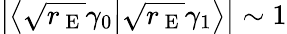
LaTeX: \left|\left\langle\sqrt{r_{\mathrm{~E~}}}\gamma_{0}\big|\sqrt{r_{\mathrm{~E~}}}\gamma_{1}\right\rangle\right|\sim 1